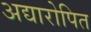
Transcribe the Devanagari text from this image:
अद्यारोपित